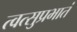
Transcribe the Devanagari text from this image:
त्वत्सुप्रभातं